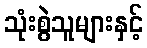
သုံးစွဲသူများနှင့်